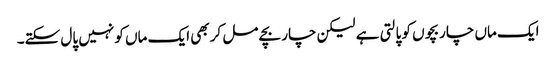
ایک ماں چار بچوں کو پالتی ہے لیکن چار بچے مل کر بھی ایک ماں کو نہیں پال سکتے۔